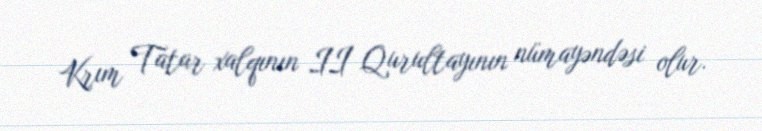
Krım Tatar xalqının II Qurultayının nümayəndəsi olur.